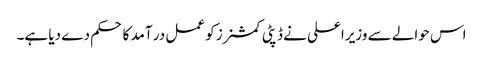
اس حوالے سے وزیراعلی نے ڈپٹی کمشنرز کو عمل در آمد کا حکم دے دیا ہے۔